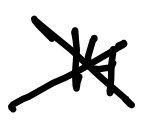
Text: 14
Cross-out: cross
Writing tool: digital_black